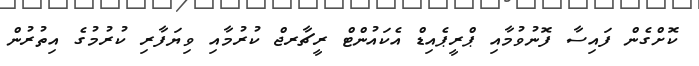
ކޮށްގެން ފައިސާ ފޮނުވުމާއި ޕްރީޕެއިޑް އެކައުންޓް ރީޗާރޖް ކުރުމާއި ވިޔަފާރި ކުރުމުގެ އިތުރުން